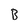
Character: B